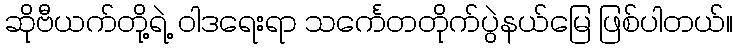
ဆိုဗီယက်တို့ရဲ့ ၀ါဒရေးရာ သင်္ကေတတိုက်ပွဲနယ်မြေ ဖြစ်ပါတယ်။